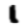
Digit: 1